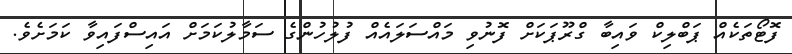
ފޮޓޯތަކެއް ޕަބްލިކް ވައިބާ ގްރޫޕަކަށް ފޮނުވި މައްސަލައެއް ފުލުހުންގެ ސަމާލުކަމަށް އައިސްފައިވާ ކަމަށެވެ.